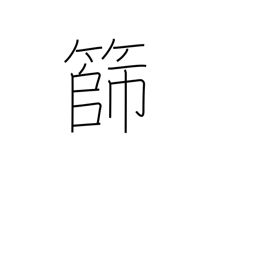
Meaning: sieve